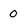
Character: 0